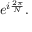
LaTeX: e ^ { i { \frac { 2 \pi } { N } } } .